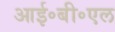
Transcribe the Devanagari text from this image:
आई॰बी॰एल